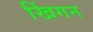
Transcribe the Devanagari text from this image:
खिंगन